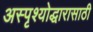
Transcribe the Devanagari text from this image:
अस्पृश्योद्धारासाठी